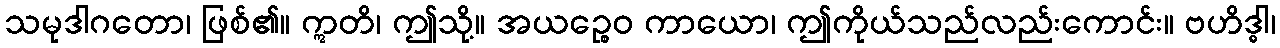
သမုဒါဂတော၊ ဖြစ်၏။ ဣတိ၊ ဤသို့။ အယဉ္စေဝ ကာယော၊ ဤကိုယ်သည်လည်းကောင်း။ ဗဟိဒ္ဓါ၊